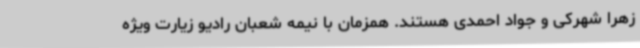
زهرا شهرکی و جواد احمدی هستند. همزمان با نیمه شعبان رادیو زیارت ویژه